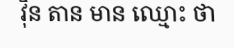
វ៉ិន តាន មាន ឈ្មោះ ថា